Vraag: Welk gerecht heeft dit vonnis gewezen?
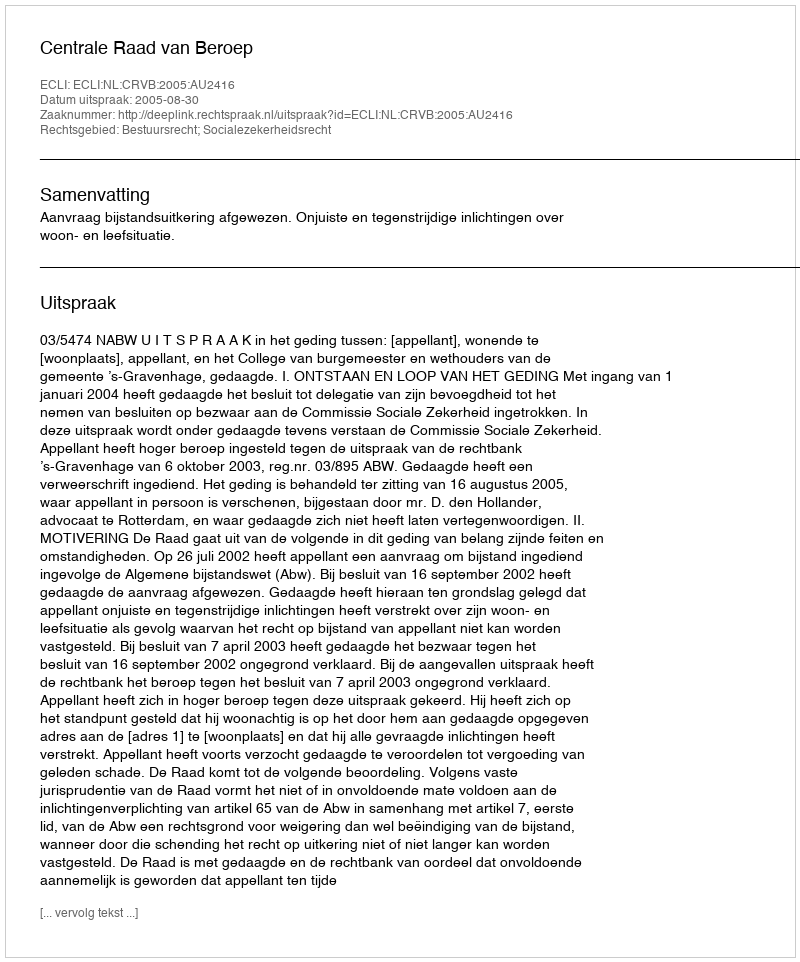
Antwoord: Centrale Raad van Beroep